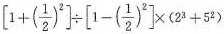
$$\left[1+(\frac{1}{2})^{2}\right] \div \left[ 1-(\frac{1}{2})^{2}\right] \times (2^{3}+5^{2})$$